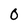
Character: 0